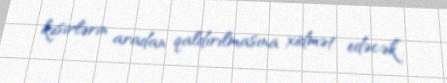
kəsirlərin aradan qaldırılmasına xidmət edəcək”.